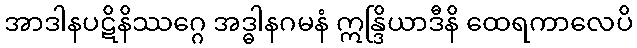
အာဒါနပဋိနိဿဂ္ဂေ အဒ္ဓါနဂမနံ ဣန္ဒြိယာဒီနိ ထေရကာလေပိ